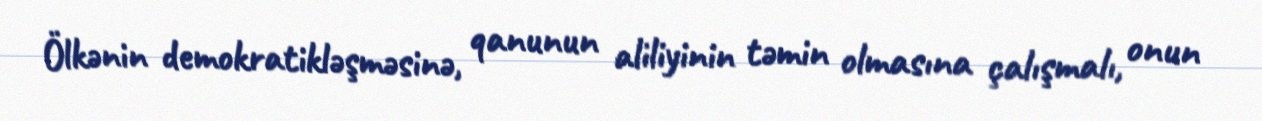
Ölkənin demokratikləşməsinə, qanunun aliliyinin təmin olmasına çalışmalı, onun